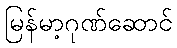
မြန်မာ့ဂုဏ်ဆောင်